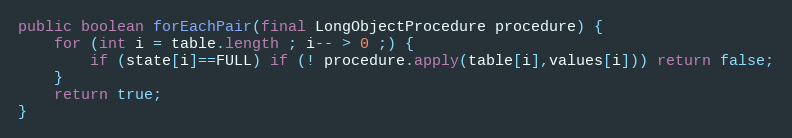
Language: Java
public boolean forEachPair(final LongObjectProcedure procedure) {
	for (int i = table.length ; i-- > 0 ;) {
		if (state[i]==FULL) if (! procedure.apply(table[i],values[i])) return false;
	}
	return true;
}